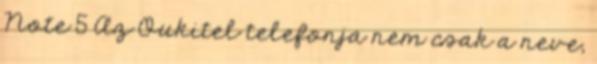
Note 5 Az Oukitel telefonja nem csak a neve,